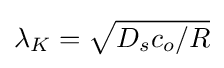
\lambda _{K}={\sqrt {D_{s}c_{o}/R}}